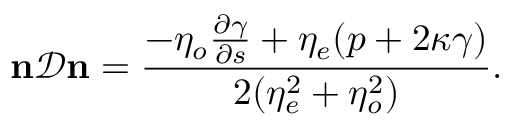
{ \mathbf { n } } \mathcal { D } { \mathbf { n } } = \frac { - \eta _ { o } \frac { \partial \gamma } { \partial s } + \eta _ { e } ( p + 2 \kappa \gamma ) } { 2 ( \eta _ { e } ^ { 2 } + \eta _ { o } ^ { 2 } ) } .